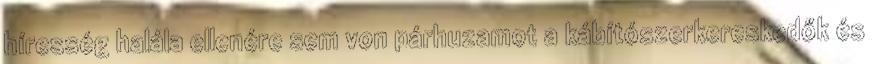
híresség halála ellenére sem von párhuzamot a kábítószerkereskedők és